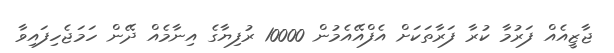
ޖާޒީއެއް ފަރުމާ ކުރާ ފަރާތަކަށް އެފްއޭއެމުން 10000 ރުފިޔާގެ އިނާމެއް ދޭން ހަމަޖެހިފައިވާ